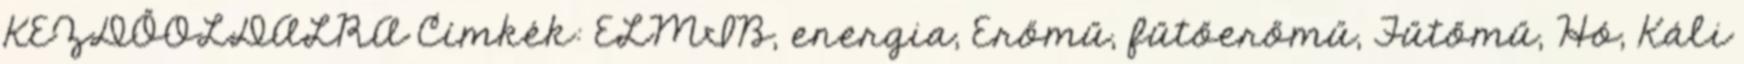
KEZDŐOLDALRA Címkék: ELMIB, energia, Erőmű, fűtőerőmű, Fűtőmű, Hó, Káli